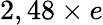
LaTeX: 2,48\times e